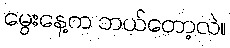
မွေးနေ့က ဘယ်တော့လဲ။